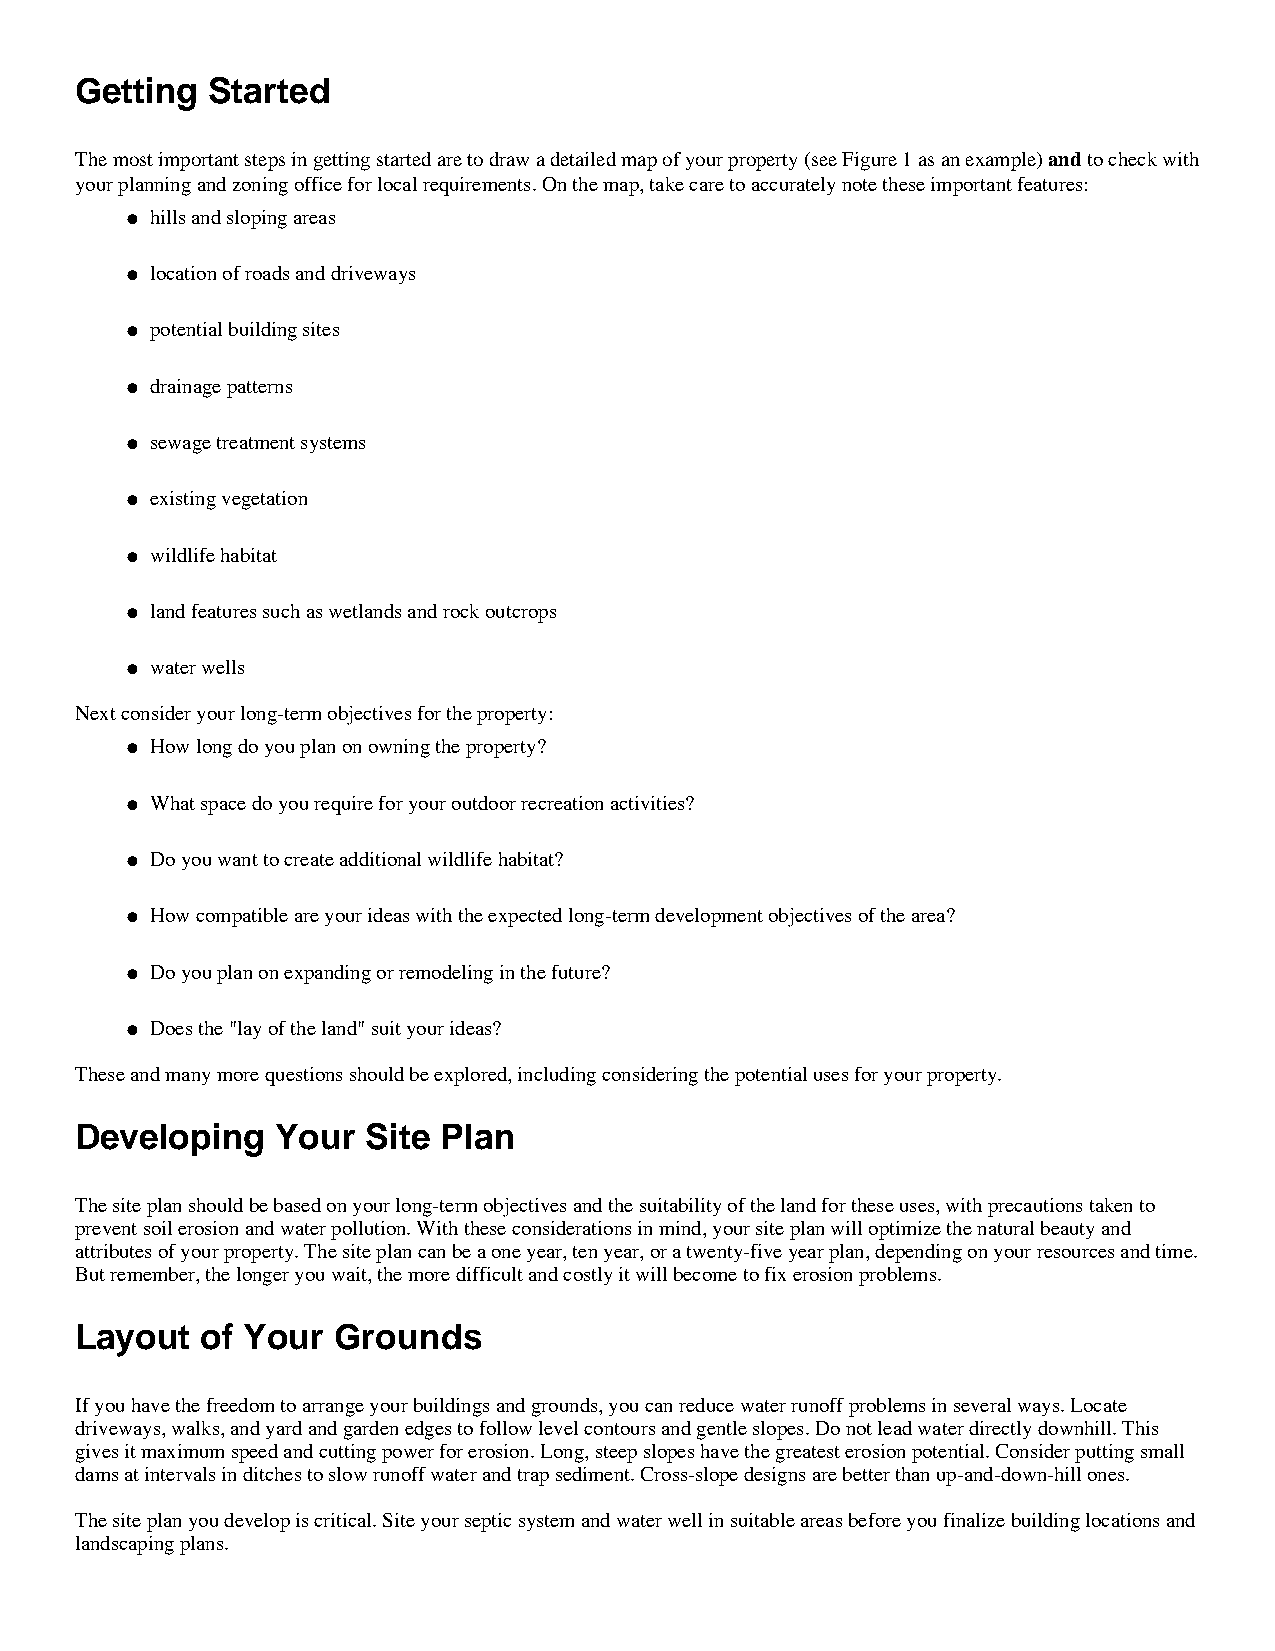
Getting  Started
 The most important steps in getting started are to draw a detailed map of your property (see Figure 1 as an example) and to check with
 your planning and zoning office for local requirements. On the map, take care to accurately note these important features:
 hills and sloping areas
 l
 location of roads and driveways
 l
 potential building sites
 l
 drainage patterns
 l
 sewage treatment systems
 l
 existing vegetation
 l
 wildlife habitat
 l
 land features such as wetlands and rock outcrops
 l
 water wells
 l
 Next consider your long-term objectives for the property:
 How long do you plan on owning the property?
 l
 What space do you require for your outdoor recreation activities?
 l
 Do you want to create additional wildlife habitat?
 l
 How compatible are your ideas with the expected long-term development objectives of the area?
 l
 Do you plan on expanding or remodeling in the future?
 l
 Does the "lay of the land" suit your ideas?
 l
 These and many more questions should be explored, including considering the potential uses for your property.
 Developing   Your  Site Plan
 The site plan should be based on your long-term objectives and the suitability of the land for these uses, with precautions taken to
 prevent soil erosion and water pollution. With these considerations in mind, your site plan will optimize the natural beauty and
 attributes of your property. The site plan can be a one year, ten year, or a twenty-five year plan, depending on your resources and time.
 But remember, the longer you wait, the more difficult and costly it will become to fix erosion problems.
 Layout  of Your  Grounds
 If you have the freedom to arrange your buildings and grounds, you can reduce water runoff problems in several ways. Locate
 driveways, walks, and yard and garden edges to follow level contours and gentle slopes. Do not lead water directly downhill. This
 gives it maximum speed and cutting power for erosion. Long, steep slopes have the greatest erosion potential. Consider putting small
 dams at intervals in ditches to slow runoff water and trap sediment. Cross-slope designs are better than up-and-down-hill ones.
 The site plan you develop is critical. Site your septic system and water well in suitable areas before you finalize building locations and
 landscaping plans.